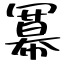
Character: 冪